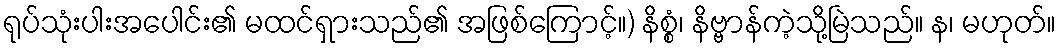
ရုပ်သုံးပါးအပေါင်း၏ မထင်ရှားသည်၏ အဖြစ်ကြောင့်။) နိစ္စံ၊ နိဗ္ဗာန်ကဲ့သို့မြဲသည်။ န၊ မဟုတ်။